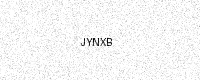
Text: JYNXB